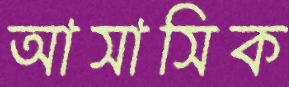
আসাসিক